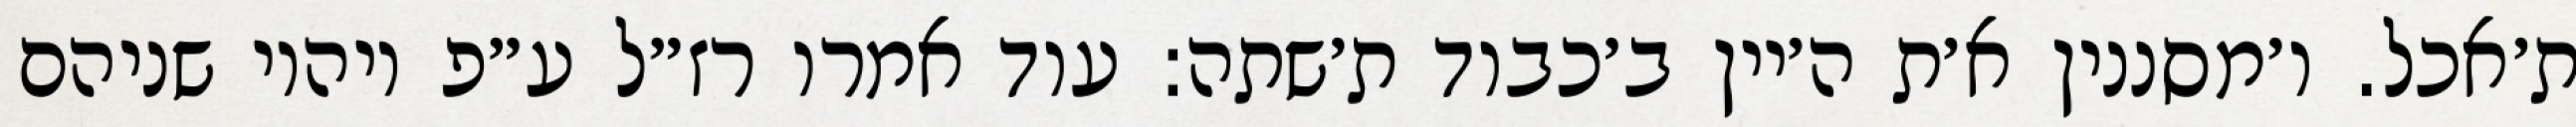
ת׳אכל. ו׳מסננין א׳ת ה׳יין ב׳כבוד ת׳שתה: עוד אמרו רז״ל ע״פ ויהיו שניהם